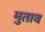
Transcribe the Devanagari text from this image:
मुताव